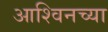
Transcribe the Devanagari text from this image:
आश्विनच्या